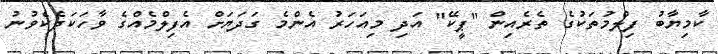
ކާމިޔާބު ފިލްމުތަކުގެ ތެރެއިން "ޕީކޭ" އަދި މިއަހަރު އެންމެ ގަދަޔަށް އެފިލްމެއްގެ ވާހަކަދެކެވުނު